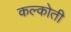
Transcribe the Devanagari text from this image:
कल्कोती